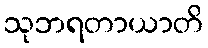
သုဘရတာယာတိ